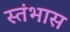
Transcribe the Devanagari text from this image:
स्तंभास